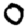
Digit: 0